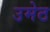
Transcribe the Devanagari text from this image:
उमेठ